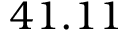
4 1 . 1 1